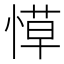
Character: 愺